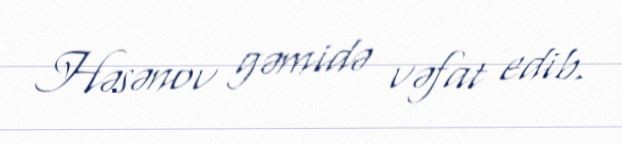
Həsənov gəmidə vəfat edib.